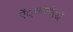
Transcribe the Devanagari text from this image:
ऐं्थ्राोपॉएडों